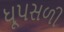
ધૂપસળી